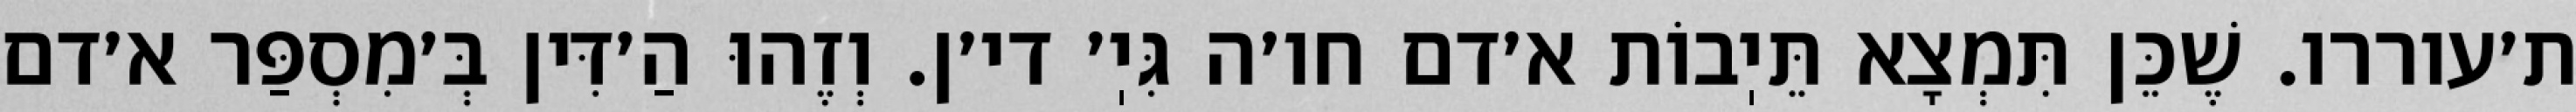
ת׳עוררו. שֶׁכֵּן תִּמְצָא תֵּיֽבוֹת א׳דם חו׳ה גִּיֽ׳ די׳ן. וְזֶהוּ הַ׳דִּין בְּ׳מִסְפַּר א׳דם